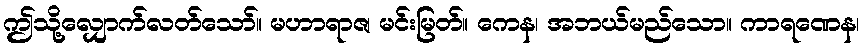
ဤသို့လျှောက်လတ်သော်။ မဟာရာဇ၊ မင်းမြတ်။ ကေန၊ အဘယ်မည်သော။ ကာရဏေန၊